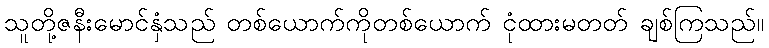
သူတို့ဇနီးမောင်နှံသည် တစ်ယောက်ကိုတစ်ယောက် ငုံထားမတတ် ချစ်ကြသည်။